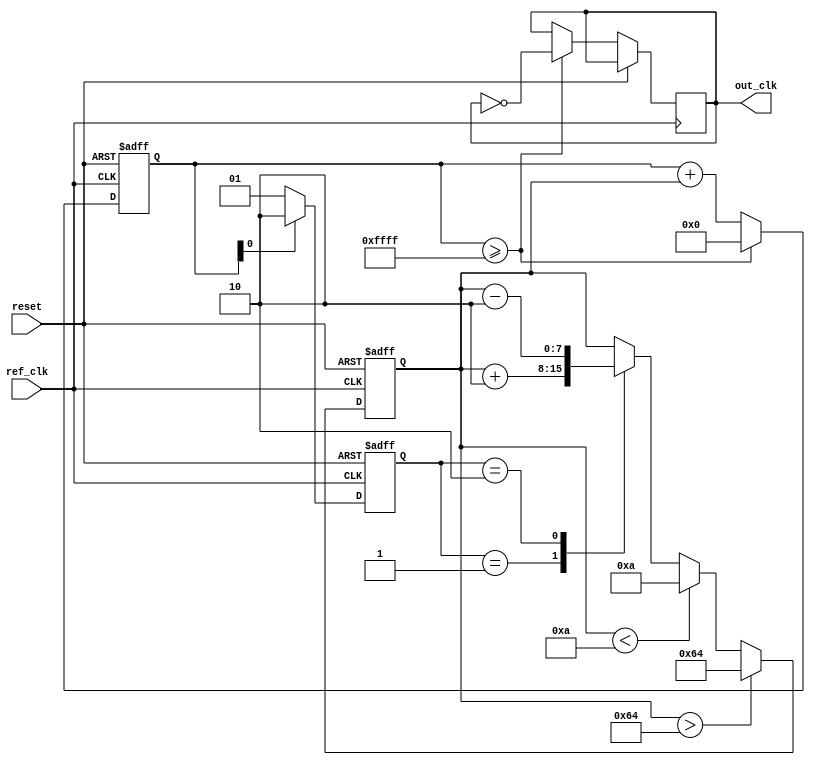
module Type1_PLL (
    input wire ref_clk,          // Input reference clock
    input wire reset,           // Asynchronous reset
    output reg out_clk          // Output clock
);

    // Parameters
    parameter LOOP_GAIN = 2;         // Loop gain for the PD
    parameter VCO_MAX_FREQ = 100;     // Max frequency for the VCO
    parameter VCO_MIN_FREQ = 10;      // Min frequency for the VCO
    parameter LOOP_FILTER_BW = 10;    // Loop filter bandwidth (for simplicity)

    // Internal signals
    reg [1:0] phase_error;            // Phase error signal
    reg [7:0] control_voltage;         // Control voltage for VCO
    reg [15:0] vco_counter;            // VCO counter for generating out_clk

    // Phase Detector
    always @(posedge ref_clk or posedge reset) begin
        if (reset) begin
            phase_error <= 2'b00; // Reset phase error
        end else begin
            // Simple phase comparison
            if (vco_counter[0] == 1'b0) begin
                phase_error <= 2'b01; // out_clk is lagging
            end else begin
                phase_error <= 2'b10; // out_clk is leading
            end
        end
    end

    // Loop Filter (simple first-order filter)
    always @(posedge ref_clk or posedge reset) begin
        if (reset) begin
            control_voltage <= 8'b00000000; // Reset control voltage
        end else begin
            // Simple integration of phase error
            case (phase_error)
                2'b01: control_voltage <= control_voltage + LOOP_GAIN; // Increase control voltage
                2'b10: control_voltage <= control_voltage - LOOP_GAIN; // Decrease control voltage
                default: control_voltage <= control_voltage; // No change
            endcase

            // Clamp control voltage to VCO limits
            if (control_voltage > VCO_MAX_FREQ)
                control_voltage <= VCO_MAX_FREQ;
            else if (control_voltage < VCO_MIN_FREQ)
                control_voltage <= VCO_MIN_FREQ;
        end
    end

    // Voltage-Controlled Oscillator (VCO)
    always @(posedge ref_clk or posedge reset) begin
        if (reset) begin
            vco_counter <= 16'b0; // Reset VCO counter
        end else begin
            // Adjust VCO frequency based on control voltage
            vco_counter <= vco_counter + control_voltage; // Simple VCO behavior
            if (vco_counter >= 16'hFFFF) begin
                out_clk <= ~out_clk; // Toggle output clock
                vco_counter <= 16'b0; // Reset counter
            end
        end
    end

endmodule